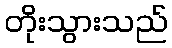
တိုးသွားသည်